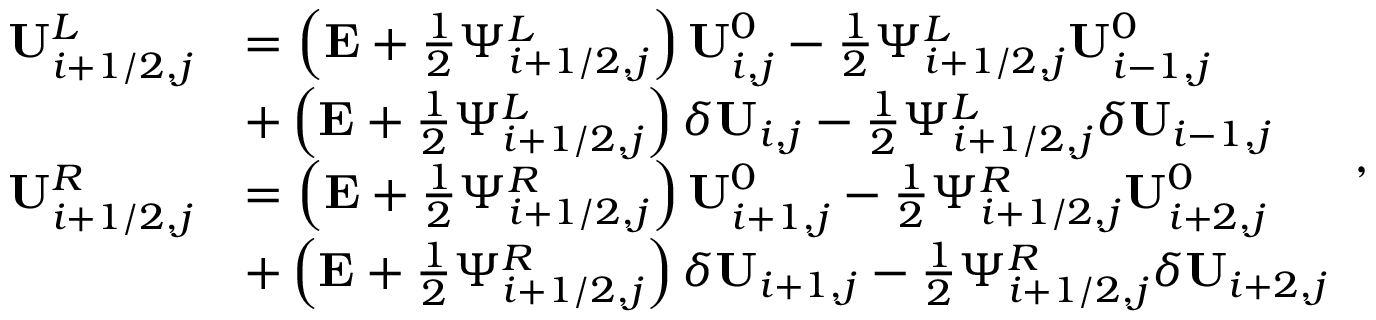
\begin{array} { r l } { \mathbf { U } _ { i + 1 / 2 , j } ^ { L } } & { = \left( \mathbf { E } + \frac { 1 } { 2 } \Psi _ { i + 1 / 2 , j } ^ { L } \right) \mathbf { U } _ { i , j } ^ { 0 } - \frac { 1 } { 2 } \Psi _ { i + 1 / 2 , j } ^ { L } \mathbf { U } _ { i - 1 , j } ^ { 0 } } \\ & { + \left( \mathbf { E } + \frac { 1 } { 2 } \Psi _ { i + 1 / 2 , j } ^ { L } \right) \delta \mathbf { U } _ { i , j } - \frac { 1 } { 2 } \Psi _ { i + 1 / 2 , j } ^ { L } \delta \mathbf { U } _ { i - 1 , j } } \\ { \mathbf { U } _ { i + 1 / 2 , j } ^ { R } } & { = \left( \mathbf { E } + \frac { 1 } { 2 } \Psi _ { i + 1 / 2 , j } ^ { R } \right) \mathbf { U } _ { i + 1 , j } ^ { 0 } - \frac { 1 } { 2 } \Psi _ { i + 1 / 2 , j } ^ { R } \mathbf { U } _ { i + 2 , j } ^ { 0 } } \\ & { + \left( \mathbf { E } + \frac { 1 } { 2 } \Psi _ { i + 1 / 2 , j } ^ { R } \right) \delta \mathbf { U } _ { i + 1 , j } - \frac { 1 } { 2 } \Psi _ { i + 1 / 2 , j } ^ { R } \delta \mathbf { U } _ { i + 2 , j } } \end{array} ,